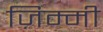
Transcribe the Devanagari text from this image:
ज़िम्मी